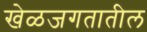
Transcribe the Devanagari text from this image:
खेळजगतातील